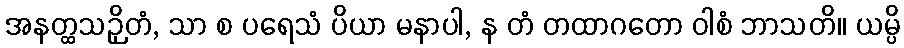
အနတ္ထသဉှိတံ, သာ စ ပရေသံ ပိယာ မနာပါ, န တံ တထာဂတော ဝါစံ ဘာသတိ။ ယမ္ပိ